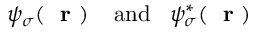
\psi _ { \sigma } ( \mathrm { ~ \bf ~ r ~ } ) \; \; \; \; \mathrm { a n d } \; \; \; \psi _ { \sigma } ^ { * } ( \mathrm { ~ \bf ~ r ~ } )